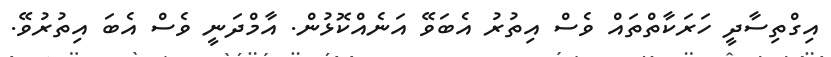
އިގްތިސާދީ ހަރަކާތްތައް ވެސް އިތުރު އެބަވޭ އަނެއްކޮޅުން. އާމްދަނީ ވެސް އެބަ އިތުރުވޭ.